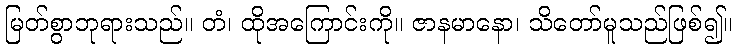
မြတ်စွာဘုရားသည်။ တံ၊ ထိုအကြောင်းကို။ ဇာနမာနော၊ သိတော်မူသည်ဖြစ်၍။